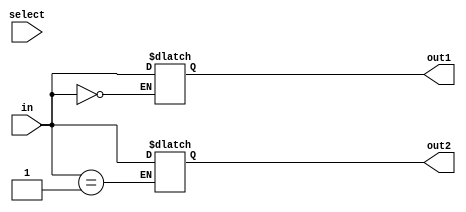
module my_dmux0(
  input wire [7:0]in,
  input wire select,
  output reg [7:0]out1,
  output reg [7:0]out2
);

always @(select)
begin
  case( in )
   0:
	out1 = in;
   1:
	out2 = in;
  endcase
end

endmodule